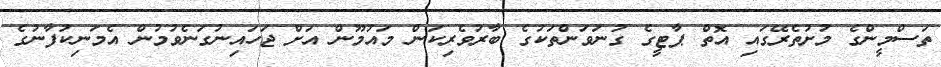
ތަސްމީންގެ މުށުތެރޭގައި އޮތް ޕާޓީގެ ގުނަވަންތަކުގެ ބާރުވެރިކަން މައުމޫން އަށް ޖަހައިނުގަނެވުމުން އެމަނިކުފާނުގެ